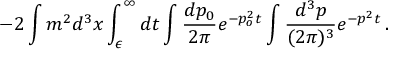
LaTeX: - 2 \int m ^ { 2 } d ^ { 3 } x \int _ { \epsilon } ^ { \infty } d t \int \frac { d p _ { 0 } } { 2 \pi } e ^ { - p _ { o } ^ { 2 } t } \int \frac { d ^ { 3 } p } { ( 2 \pi ) ^ { 3 } } e ^ { - p ^ { 2 } t } \, .